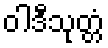
ဝါဒီသုတ္တံ